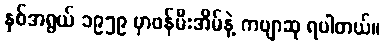
နှစ်အရွယ် ၁၉၅၉ မှာဖန်မီးအိမ်နဲ့ ကဗျာဆု ရပါတယ်။